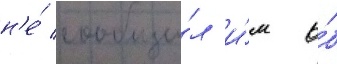
н'е́ сообщи́л и́м о́б